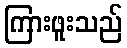
ကြားဖူးသည်